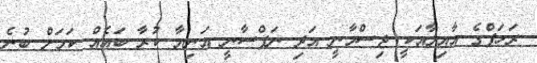
ރަހަފްގެ އާއިލާއަކީ ޖިސްމާނީ އަދި ނަފްސާނީ އަނިޔާ ކުރާ ބައެއް ކަމަށް ބުނެ